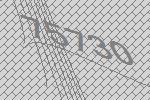
75730